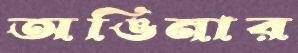
অঙিনার